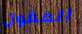
المغول